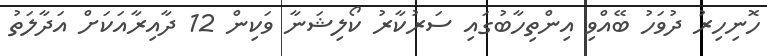
ހޮނިހިރު ދުވަހު ބޭއްވި އިންތިހާބުގައި ސަރުކާރު ކޯލިޝަނާ ވަކިން 12 ދާއިރާއަކަށް އަދާލަތު